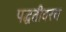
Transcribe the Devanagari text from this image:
पद्धतीवरच